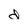
Character: d